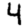
Digit: 4